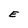
Character: E